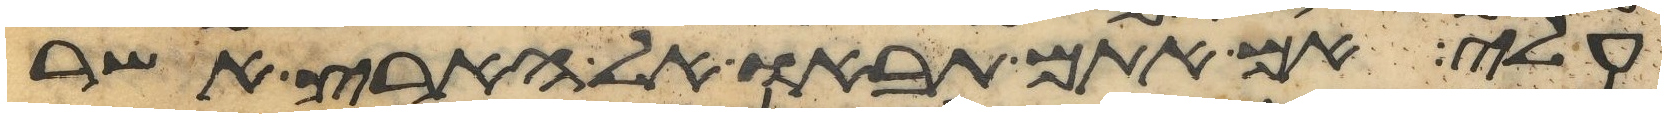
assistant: עלי אם אתם תבאו אל הארץ אשר